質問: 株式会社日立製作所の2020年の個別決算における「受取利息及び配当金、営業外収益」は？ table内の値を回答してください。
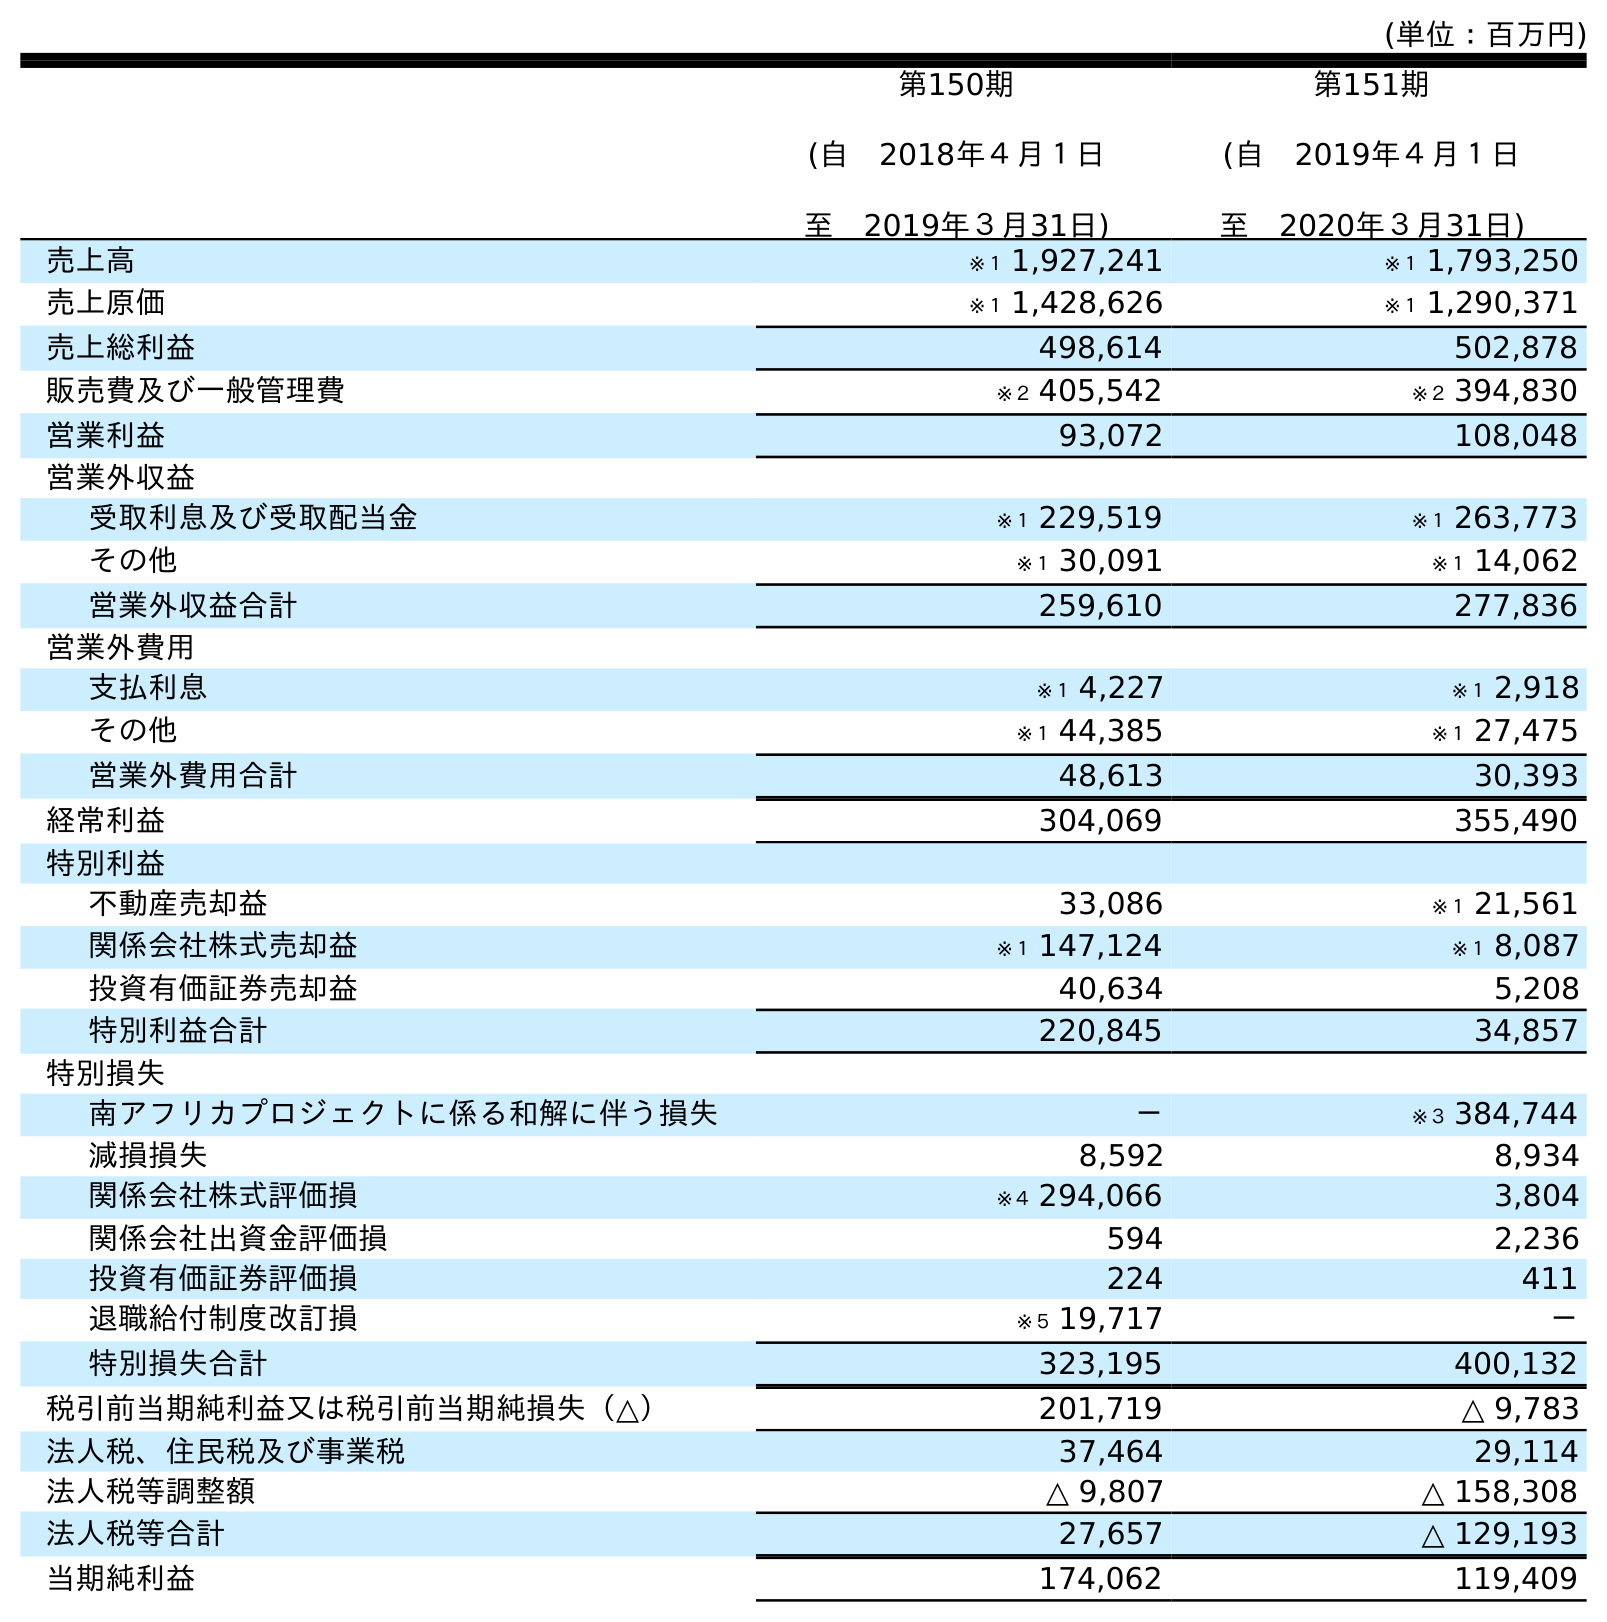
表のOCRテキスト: (単位：百万円) 第150期 (自 2018年４月１日 至 2019年３月31日) 第151期 (自 2019年４月１日 至 2020年３月31日) 売上高 ※１ 1,927,241 ※１ 1,793,250 売上原価 ※１ 1,428,626 ※１ 1,290,371 売上総利益 498,614 502,878 販売費及び一般管理費 ※２ 405,542 ※２ 394,830 営業利益 93,072 108,048 営業外収益 受取利息及び受取配当金 ※１ 229,519 ※１ 263,773 その他 ※１ 30,091 ※１ 14,062 営業外収益合計 259,610 277,836 営業外費用 支払利息 ※１ 4,227 ※１ 2,918 その他 ※１ 44,385 ※１ 27,475 営業外費用合計 48,613 30,393 経常利益 304,069 355,490 特別利益 不動産売却益 33,086 ※１ 21,561 関係会社株式売却益 ※１ 147,124 ※１ 8,087 投資有価証券売却益 40,634 5,208 特別利益合計 220,845 34,857 特別損失 南アフリカプロジェクトに係る和解に伴う損失 － ※３ 384,744 減損損失 8,592 8,934 関係会社株式評価損 ※４ 294,066 3,804 関係会社出資金評価損 594 2,236 投資有価証券評価損 224 411 退職給付制度改訂損 ※５ 19,717 － 特別損失合計 323,195 400,132 税引前当期純利益又は税引前当期純損失（△） 201,719 △ 9,783 法人税、住民税及び事業税 37,464 29,114 法人税等調整額 △ 9,807 △ 158,308 法人税等合計 27,657 △ 129,193 当期純利益 174,062 119,409
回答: ※１263,773